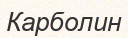
Карболин